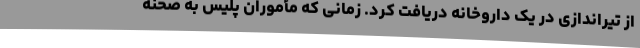
از تیراندازی در یک داروخانه دریافت کرد. زمانی که مأموران پلیس به صحنه